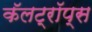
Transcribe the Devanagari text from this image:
कॅलट्रॉप्स